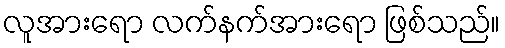
လူအားရော လက်နက်အားရော ဖြစ်သည်။